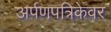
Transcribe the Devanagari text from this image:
अर्पणपत्रिकेवर